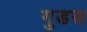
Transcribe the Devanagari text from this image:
गुडस